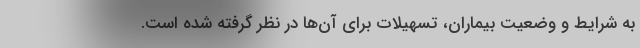
به شرایط و وضعیت بیماران، تسهیلات برای آن‌ها در نظر گرفته شده است.